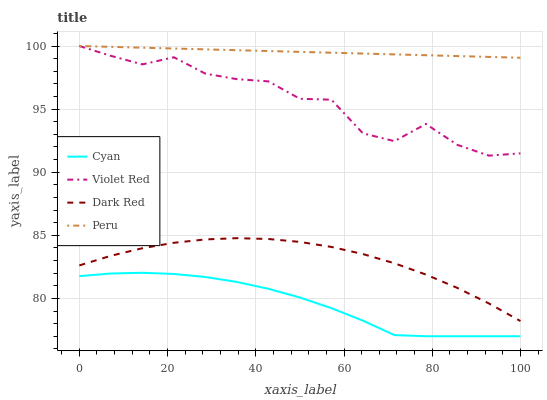
| xaxis_label | Cyan | Violet Red | Dark Red | Peru |
 | --- | --- | --- | --- | --- |
 | 0 | 81.8 | 100 | 82.6 | 100 |
 | 7.14 | 82 | 99.2 | 83.4 | 99.9 |
 | 14.3 | 82 | 98.5 | 84 | 99.9 |
 | 21.4 | 81.9 | 99.1 | 84.4 | 99.8 |
 | 28.6 | 81.7 | 97.8 | 84.7 | 99.7 |
 | 35.7 | 81.3 | 97.4 | 84.8 | 99.7 |
 | 42.9 | 80.8 | 97.2 | 84.7 | 99.6 |
 | 50 | 80.1 | 95.8 | 84.5 | 99.5 |
 | 57.1 | 79.2 | 95.7 | 84.1 | 99.5 |
 | 64.3 | 78.2 | 93.1 | 83.5 | 99.4 |
 | 71.4 | 77.1 | 92.5 | 82.8 | 99.3 |
 | 78.6 | 77 | 93.8 | 81.9 | 99.3 |
 | 85.7 | 77 | 92.2 | 80.8 | 99.2 |
 | 92.9 | 77 | 91.3 | 79.6 | 99.1 |
 | 100 | 77 | 91.5 | 78.2 | 99.1 |